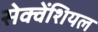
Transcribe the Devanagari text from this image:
सेक्वेंशियल